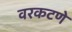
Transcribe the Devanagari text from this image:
वरकटणे